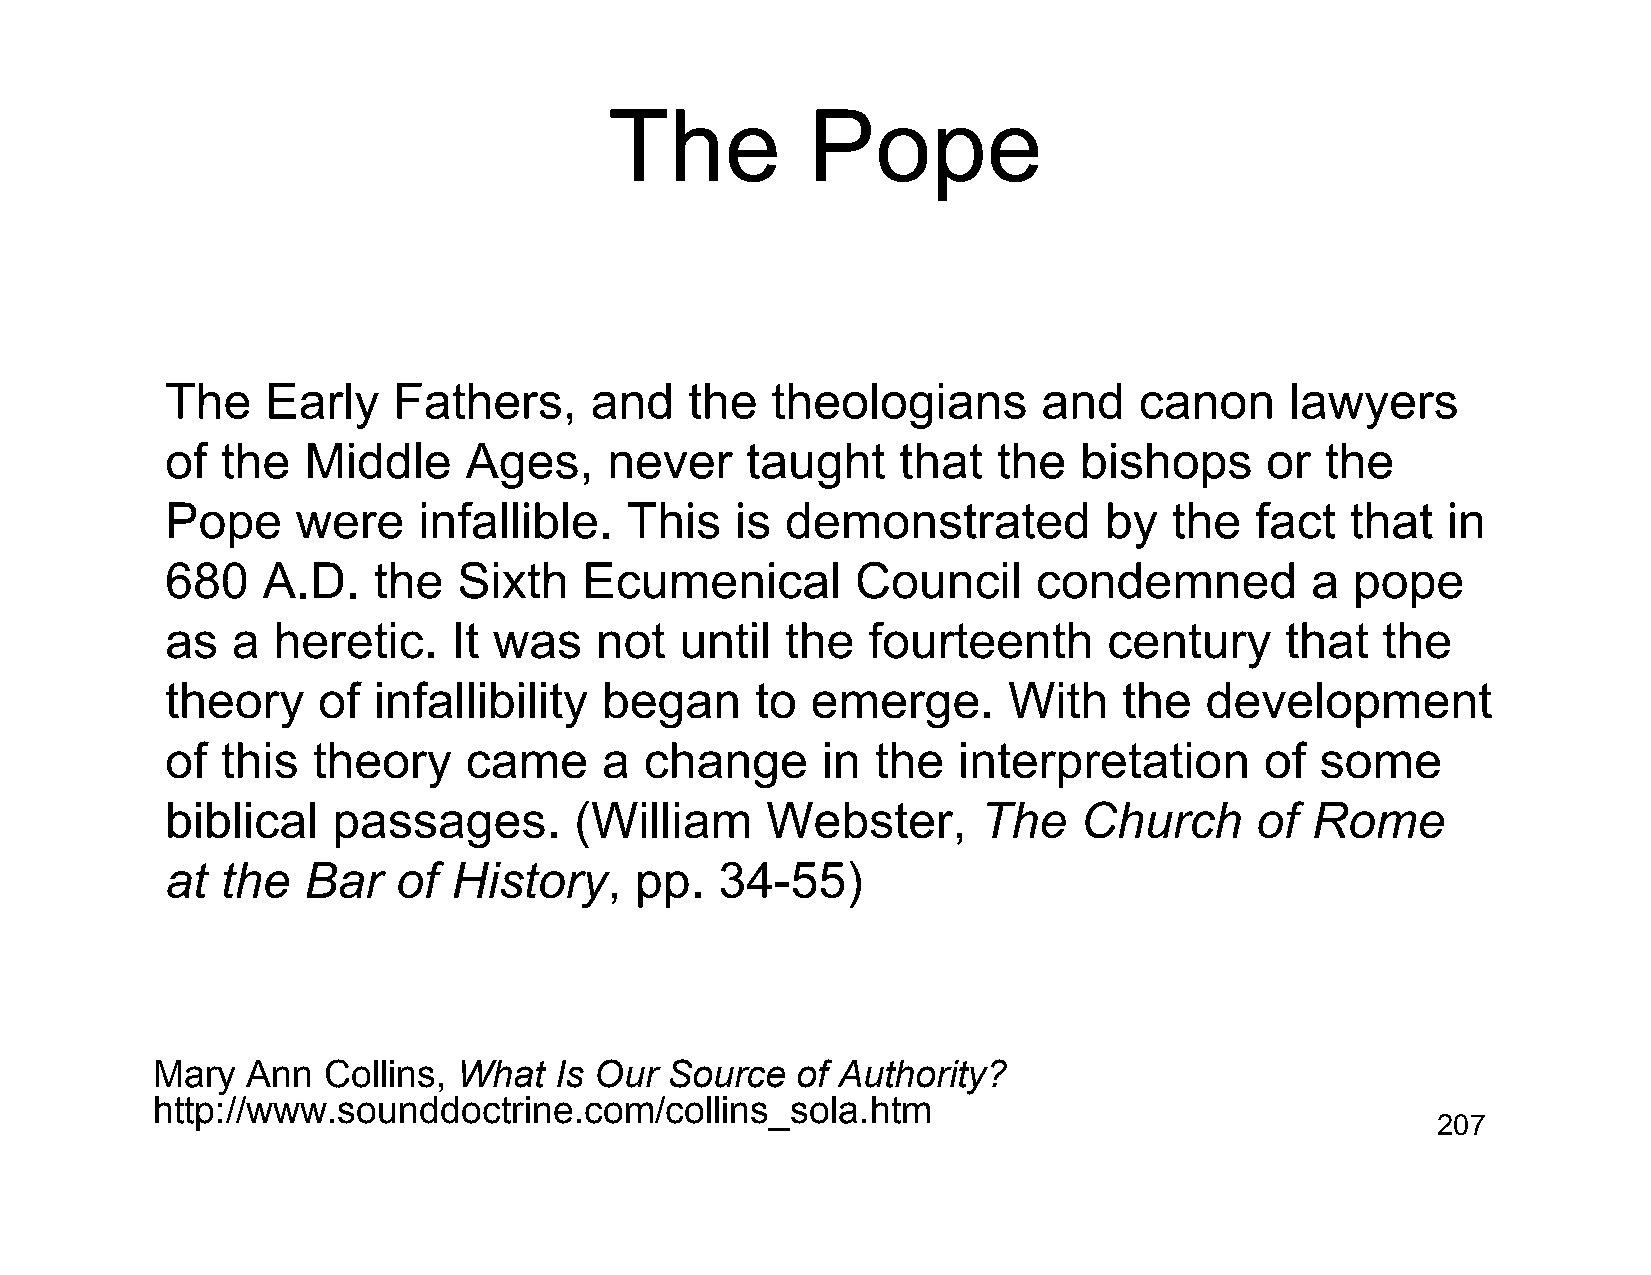
The           Pope
 The    Early   Fathers,     and    the  theologians       and   canon     lawyers
 of  the  Middle     Ages,    never    taught     that  the  bishops      or  the
 Pope     were    infallible.  This    is demonstrated         by   the  fact  that   in
 680   A.D.    the  Sixth    Ecumenical        Council     condemned         a  pope
 as  a  heretic.    It was   not   until  the  fourteenth      century     that  the
 theory    of  infallibility  began     to  emerge.      With   the   development
 of  this  theory    came     a  change     in  the  interpretation       of some
 biblical   passages.       (William     Webster,      The    Church     of  Rome
 at  the  Bar   of  History,    pp.   34-55)
 Mary  Ann  Collins, What   Is Our Source   of Authority?
 http://www.sounddoctrine.com/collins_sola.htm
 207